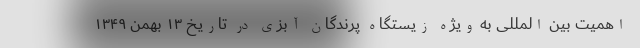
اهمیت بین المللی به ویژه زیستگاه پرندگان آبزی در تاریخ ۱۳ بهمن ۱۳۴۹